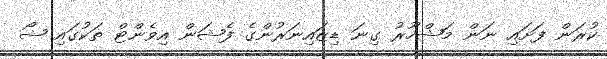
ކުރަން ފަށައި ނަން މަޝްހޫރު ގިނަ ޑިޒައިނަރުންގެ ފެޝަން އިވެންޓް ތަކުގައި ޝޯ